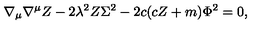
\nabla _ { \mu } \nabla ^ { \mu } Z - 2 \lambda ^ { 2 } Z \Sigma ^ { 2 } - 2 c ( c Z + m ) \Phi ^ { 2 } = 0 ,